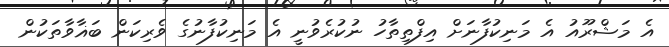
އެ މަޝްރޫއު އެ މަނިކުފާނަށް އިފްތިތާހު ނުކުރެވުނީ އެ މަނިކުފާނުގެ ވެރިކަން ބަޣާވާތަކުން